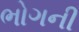
ભોગની